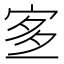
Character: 𡨆